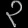
Digit: ၃